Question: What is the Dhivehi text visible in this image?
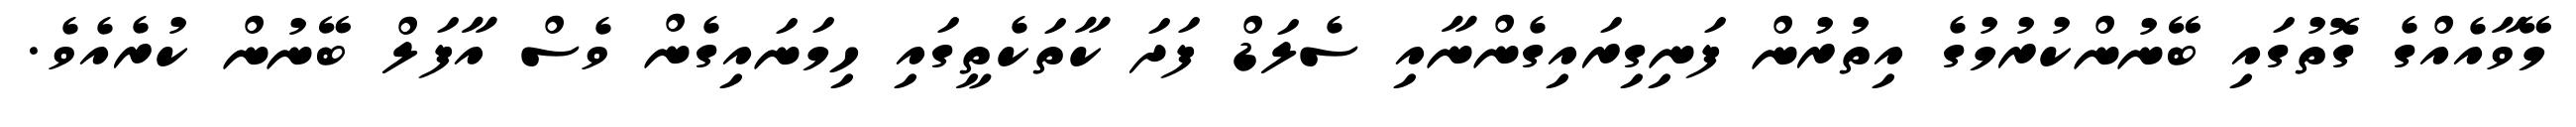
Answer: މޭވާއެއްގެ ގޮތުގައި ބޭނުންކުރުމުގެ އިތުރުން ފަނިގިރައިގެންނާއި ސެލަޑް ފަދަ ކާތަކެތީގައި ހިމަނައިގެން ވެސް އާފަލް ބޭނުން ކުރެއެވެ.